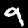
Digit: 9